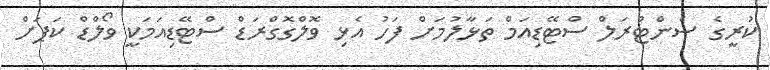
ކުރީގެ ސެންޓްރަލް ސްޓޭޑިއަމް ތަޅާލުމަށް ފަހު އެޅި ވޮލްގޮގްރަޑް ސްޓޭޑިއަމަކީ ވޯލްޑް ކަޕަށް